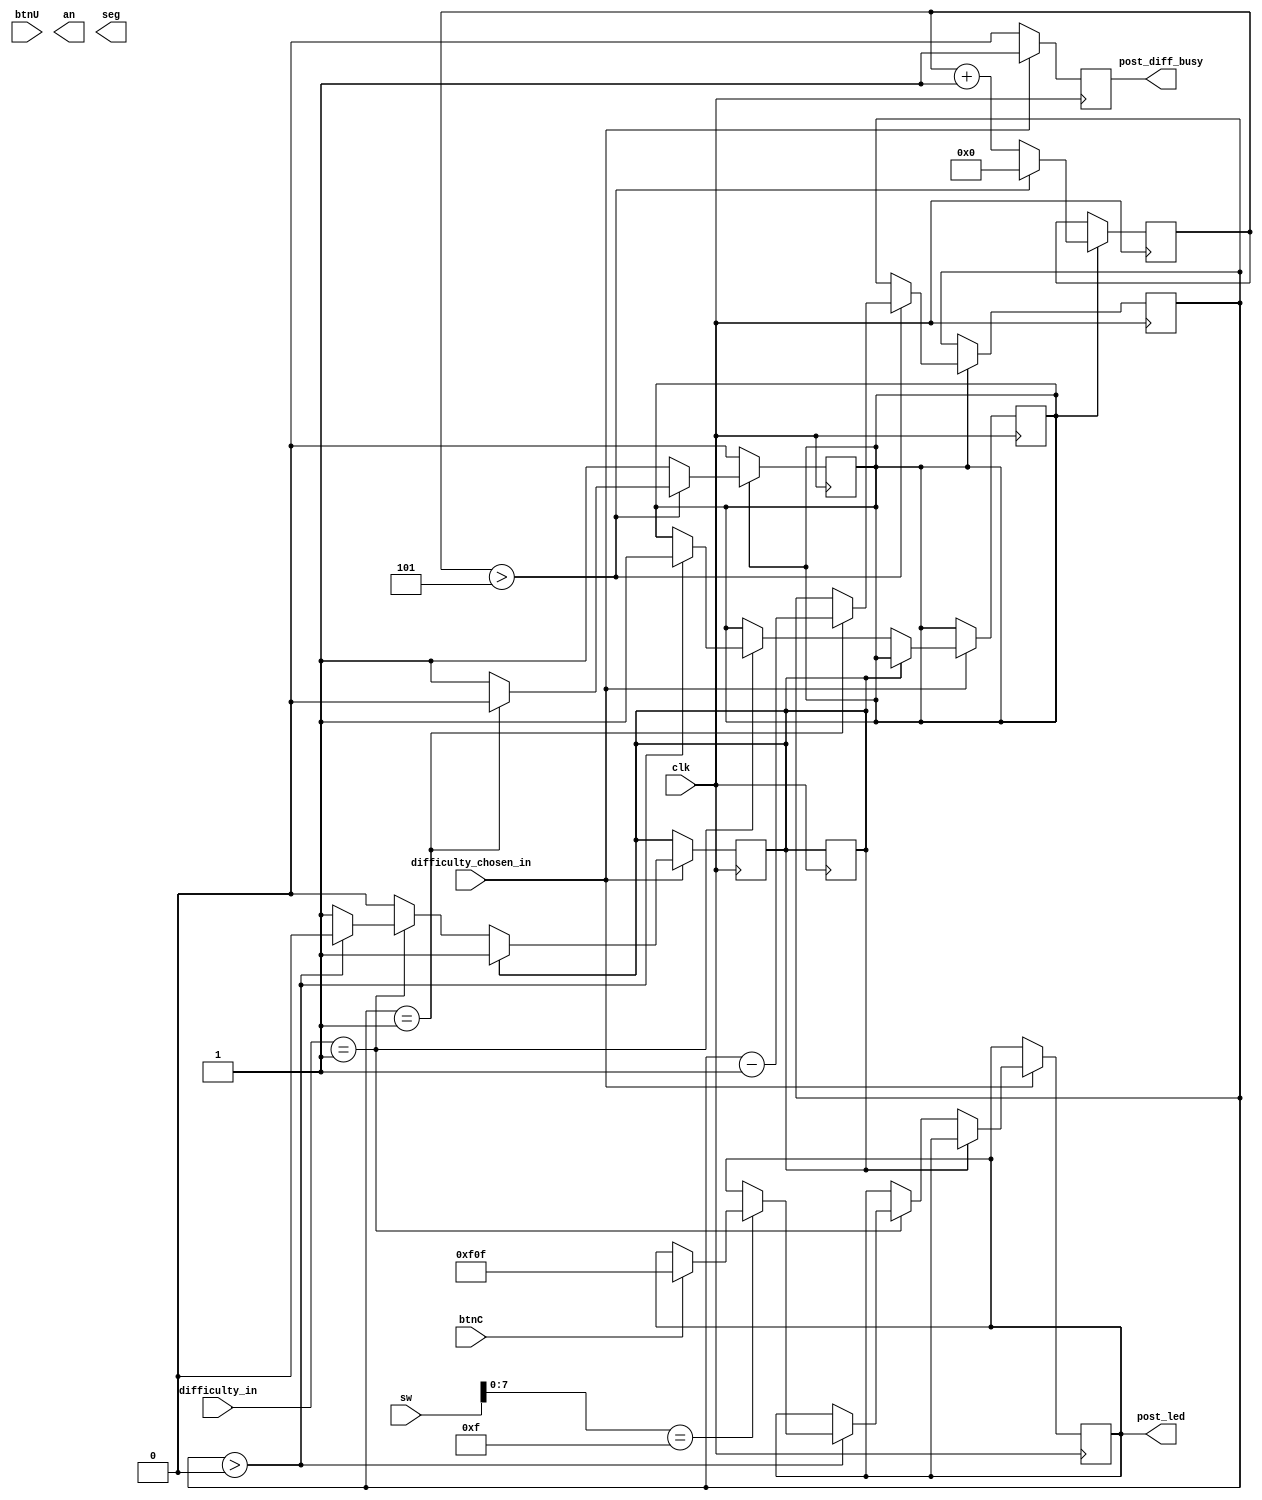
`timescale 1ns / 1ps
/************************************************************************
    Company: 
    Engineer: 

    Create Date: 04/09/2021 05:55:06 PM
    Design Name: 
    Module Name: post_choose
    Project Name: 
    Target Devices: 
    Tool Versions: 
    Description: 

    Dependencies: 

    Revision:
    Revision 0.01 - File Created
    Additional Comments:

************************************************************************/


/// PLEASE NOTE: COLUMN 83 IS THE END OF THE RIGHT MARGIN WHEN PRINTING

/*******************************************

*******************************************/

module post_choose #(
    /*******************************************
        The following adjustable parameters are used
        for our clock dividers. The higher the value
        for each parameter the slower the clock will 
        be. Conversely, the lower the value, the
        faster each clock will run.
    *******************************************/
    parameter easy_speed = 5,
    parameter normal_speed = 42_659_840,
    parameter hard_speed = 1
) (
    input clk, // fast AF
    input btnC, // select
    input btnU, // to be determined
    input [15:0] sw,
    input difficulty_chosen_in,
    input [1:0] difficulty_in,
    output [3:0] an,
    output [6:0] seg,
    output reg post_diff_busy, //
    output reg [15:0] post_led
);

    /*******************************************
        The following local parameters are made for 
        readablility in the our finite state machine
    *******************************************/
    localparam easy = 1;
    localparam normal = 2;
    localparam hard = 3;

    /*******************************************
        The following registers will be used 
        throughout this module and some may be used
        outside of this module. Each reg variable is
        designed to easily recognized. With 1-bit
        variables: 1 is active high.
    *******************************************/
    reg user_lost;
    reg user_won;
    reg round_finished;
    reg [31:0] timer_counter;
    reg easy_decrement;
    reg [31:0] easy_counter;
    reg [7:0] led_sequence;

    reg sequence_on;
    reg [31:0] sequence_on_counter;

    reg reset_round;

    /*******************************************
        In the following initial block we initialize
        the formerly defined reg variabled 
    *******************************************/
    initial begin
        post_led <= 0;
        user_lost = 0;
        user_won = 0;
        round_finished = 0;
        timer_counter = 200;
        easy_decrement = 0;
        easy_counter = 0;
        led_sequence = 8'b0000_1111;
        sequence_on = 0;
        sequence_on_counter = 0;
        reset_round = 0;
    end

    /*******************************************
        The following always block's purpose is used
        to signal if the module is in use or not.
        For example, if a difficulty has been chosen
        then the signal is module is "in use";
        otherwise the module is not in used and the
        signal is low
    *******************************************/
    always @(posedge clk ) begin
        if (difficulty_chosen_in) begin
            post_diff_busy = 1;
        end
        else begin
            post_diff_busy = 0;
        end
    end
    /*******************************************
        The following always block will contain a form
        of clock divider for various difficulties in
        the game. For example, if condtion 
        easy_decrement is high we have a counter for 
        the easy clock divider increment and if it
        reaches X value, the counter is reset to zero
        the visual timer (timer_counter) is 
        decremented and if the value of the visual 
        timer is 1 then we stop the clock divider,
        reset the necessary variables and decrement
        the visual timer to zero. Verified through
        simulation results this format is working as
        intended.
    *******************************************/    
    always @(posedge clk) begin
            
        if (reset_round) begin
            timer_counter <= 200;
            easy_decrement <= 0;
            easy_counter <= 0;

            user_won <= 0;
            user_lost <= 0;
            round_finished <= 0;
            reset_round <= 0;
        end
        else begin
            if (easy_decrement) begin
                easy_counter <= easy_counter + 1;
                if (easy_counter > easy_speed) begin
                    easy_counter <= 0;
                    timer_counter <= timer_counter - 1;
                    if(timer_counter == 1) begin
                        easy_decrement = 0;     
                        timer_counter = timer_counter - 1;
                    end
                end
            end
        end
    end



    // always @(posedge clk ) begin
    //     if (sequence_on_counter > 7) begin
    //         if (!sequence_on) begin
    //             sequence_on <= 1;
    //         end
    //         else if (sequence_on) begin
                
    //         end
    //     end
    // end

    always @(posedge clk ) begin

        /*******************************************
            the following conditional checks if 
            difficulty_chosen_in is high; if the condition
            is satisfied then we begin playing the game;
            if the condition is not satisfied then the
            game does not start. Then the condition if
            the round has finished is checked. If the 
            round_finished is low then the round is 
            started; otherwise, DO CRAP.
        *******************************************/    
        if (difficulty_chosen_in) begin
            if (!round_finished) begin
                case (difficulty_in)
                    easy: begin
                        /*******************************************
                            In our if else blocks we check if our
                            timer_counter is greater than 0. If the
                            condition is satisfied then we invoke our
                            clock divider previously explained. While
                            the condition is satisified we have a
                            condition that checks is the far right
                            switches on our board match the switches on 
                            board match our led sequence. If satisfied
                            and if btnC has been invoked. We set the flag
                            that user has won. In the case timer_counter
                            is less than or equal to 0. We check if the
                            flag that user is won is low. If low, the 
                            flag that user has lost is invoked. And the
                            flag to signify the round has finished is
                            invoked as well.
                        *******************************************/    
                        if (timer_counter > 0) begin
                            easy_decrement <= 1;
                            if (sw[7:0] == led_sequence[7:0]) begin
                                if (btnC) begin
                                    user_won <= 1;
                                    post_led <= 16'b0000_1111_0000_1111;
                                end
                            end
                        end
                        else begin
                            round_finished <= 1;
                            if(!user_won) begin
                                user_lost <= 1;
                            end
                        end
                    end 
                endcase
            end

            
            else if (round_finished) begin
                if (user_won) begin
                    if (btnU) begin
                        reset_round <= 1;
                    end
                end
                else if (user_lost) begin
                    // do crap
                end
            end
        end
    end
endmodule